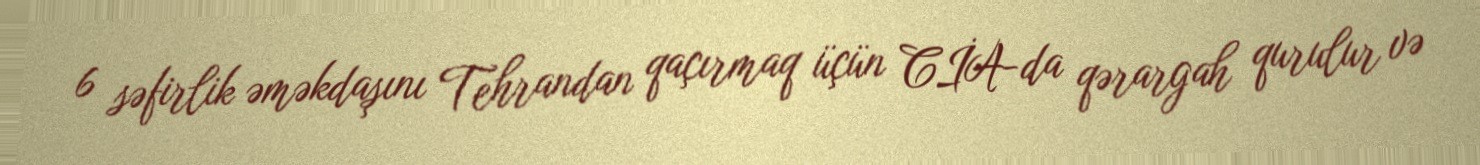
6 səfirlik əməkdaşını Tehrandan qaçırmaq üçün CİA-da qərargah qurulur və